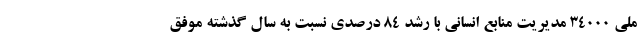
ملی ۳۴۰۰۰ مدیریت منابع انسانی با رشد ۸۴ درصدی نسبت به سال گذشته موفق